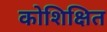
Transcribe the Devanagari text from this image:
कोशिक्षित